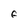
Character: F